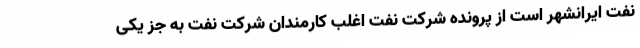
نفت ایرانشهر است از پرونده شرکت نفت اغلب کارمندان شرکت نفت به جز یکی